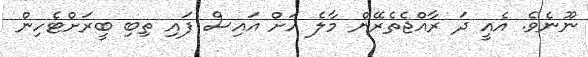
ނޫނެވެ. އެއީ ދަ ރާއްޖެތެރޭން މާލެ އަށް އައިސް ފައި ތިބި ބީރަށްޓެހިން